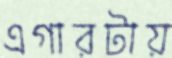
এগারটায়